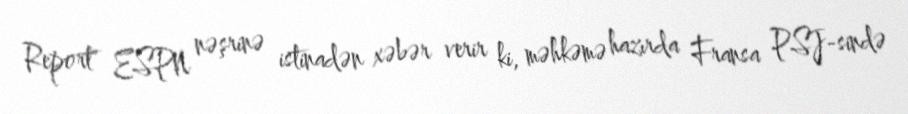
Report" ESPN nəşrinə istinadən xəbər verir ki, məhkəmə hazırda Fransa PSJ-sində